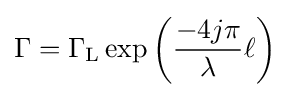
\Gamma =\Gamma _{\text{L}}\exp \left({\frac {-4j\pi }{\lambda }}\ell \right)